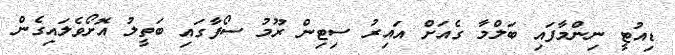
ޑިއުޓީ ނިންމާފައި ބަލްމާ ގެއަށް އައިރު ސިޓިން ރޫމު ސޯފާގައި ބަތީލު އޮށޯވެލައިގެން